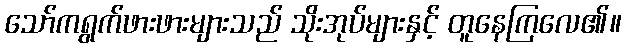
သော်ကရွက်ဖားဖားများသည် သိုးအုပ်များနှင့် တူနေကြလေ၏။